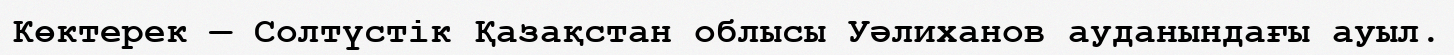
Көктерек — Солтүстік Қазақстан облысы Уәлиханов ауданындағы ауыл.